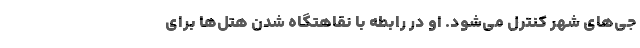
جی‌های شهر کنترل می‌شود. او در رابطه با نقاهتگاه‌ شدن هتل‌ها برای